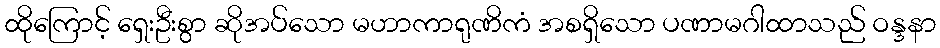
ထိုကြောင့် ရှေးဦးစွာ ဆိုအပ်သော မဟာကာရုဏိကံ အစရှိသော ပဏာမဂါထာသည် ဝန္ဒနာ